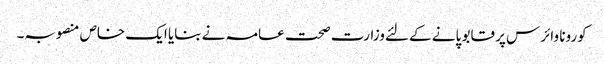
کورونا وائرس پر قابو پانے کے لئےوزارت صحت عامہ نے بنایا ایک خاص منصوبہ۔